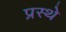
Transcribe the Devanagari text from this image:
प्रस्थे